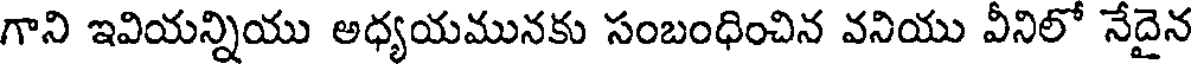
గాని ఇవియన్నియు అధ్యయమునకు సంబంధించిన వనియు వీనిలో నేదైన